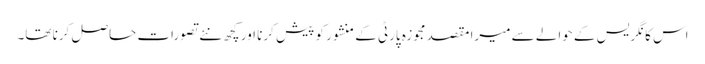
اس کانگریس کے حوالے سے میرا مقصد مجوزہ پارٹی کے منشور کو پیش کرنا اور کچھ نئے تصورات حاصل کرنا تھا۔